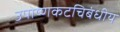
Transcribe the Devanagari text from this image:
उपोष्णकटचिबंधीय